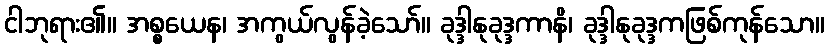
ငါဘုရား၏။ အစ္စယေန၊ အကွယ်လွန်ခဲ့သော်။ ခုဒ္ဒါနုခုဒ္ဒကာနိ၊ ခုဒ္ဒါနုခုဒ္ဒကဖြစ်ကုန်သော။